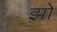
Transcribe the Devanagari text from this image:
झ़ों